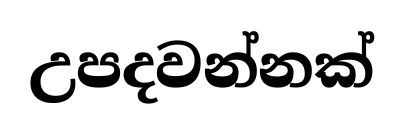
උපදවන්නක්